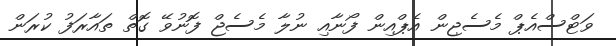
ވަޓްސްއެޕް މެސެޖިން އެޕްއިން ފޯނާއި ނުލާ މެސެޖް ފޮނުވޭ ގޮތް ތައާރަފު ކުރަން